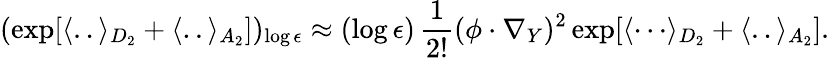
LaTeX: (\exp[\langle..\rangle_{D_{2}}+\langle..\rangle_{A_{2}}])_{\log\epsilon}\approx(\log\epsilon)\, {\frac{1}{2!}}(\phi\cdot\nabla_{Y})^{2}\exp[{\langle\cdots\rangle_{D_{2}}}+\langle..\rangle_{A_{2}}].